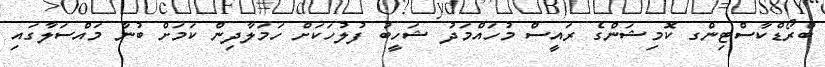
ބްރޯޑްކާސްޓިންގ ކޮމިޝަންގެ ރައީސް މުހައްމަދު ޝަހީބު ފުލުހަކަށް ހަމަލާދިން ކަމަށް ބުނާ މައްސަލާގައި